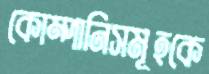
কোম্পানিসমূহকে